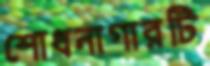
শোধনাগারটি